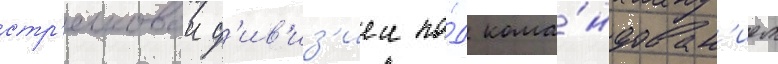
стр'елковои д'ив'из'иеи по́д кома́ндован'ием